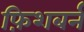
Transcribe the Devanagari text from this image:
फ़िशबर्न